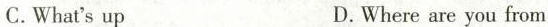
C. What's up D. Where are you from